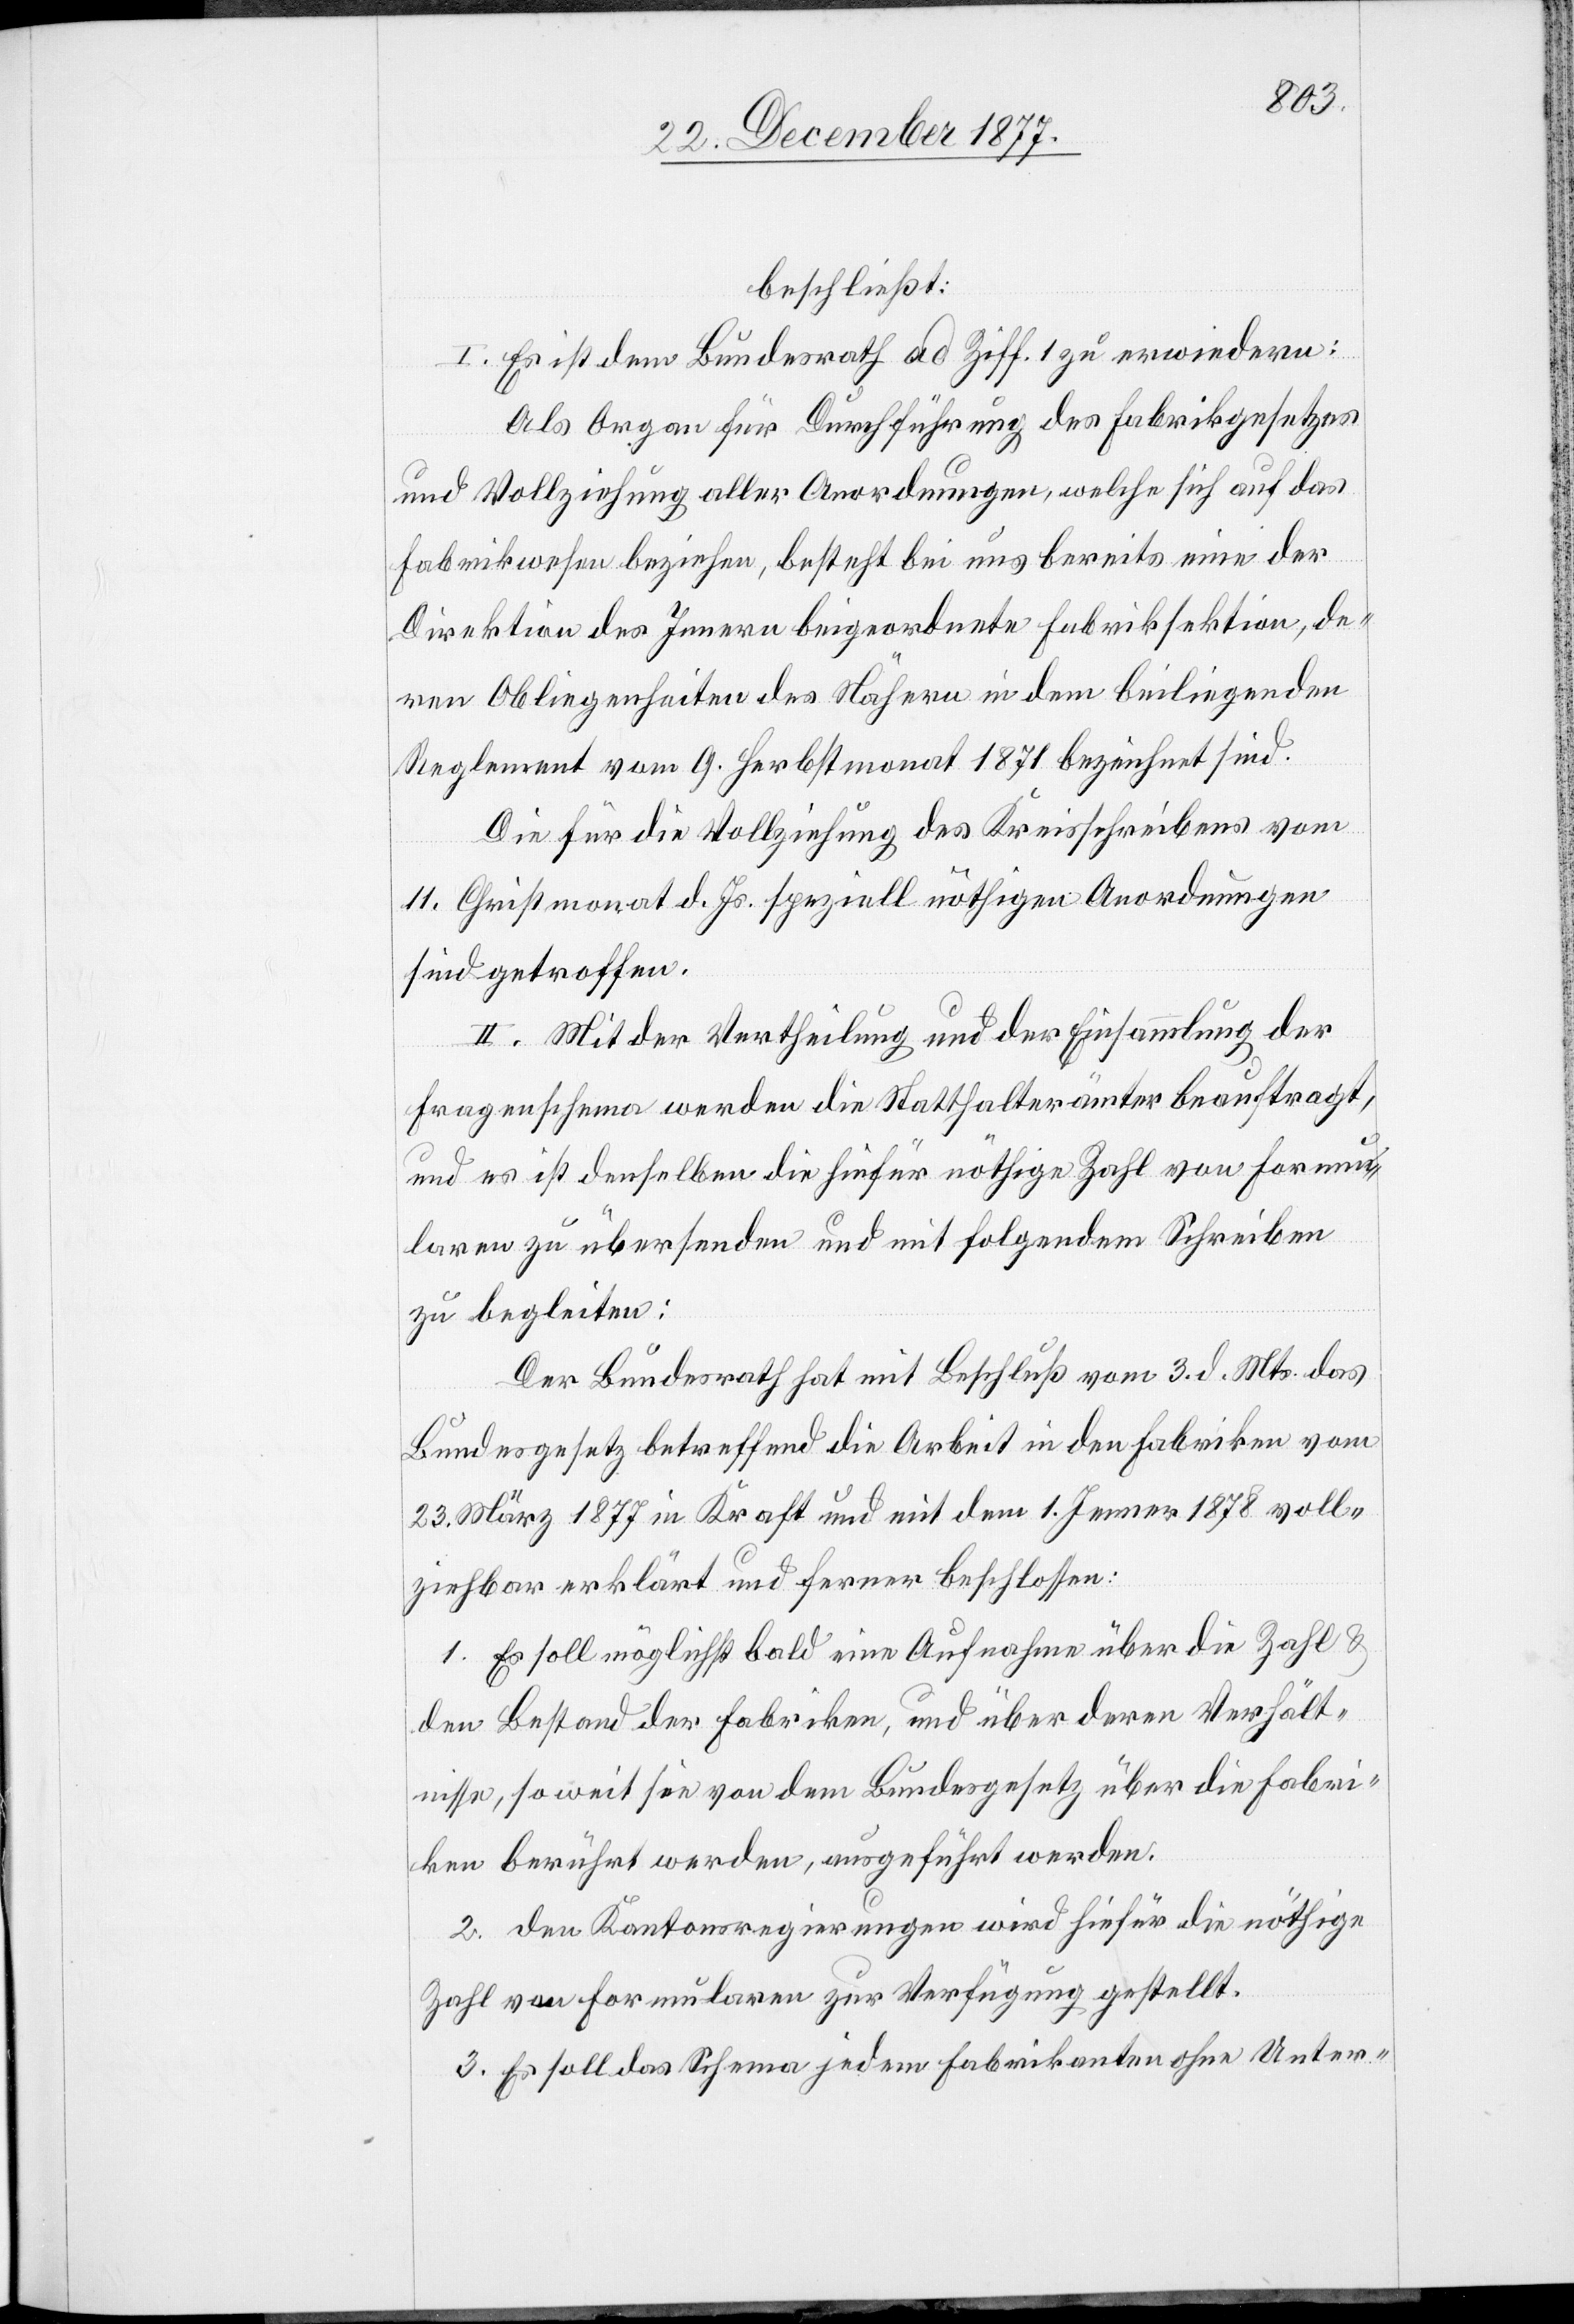
beschließt:
I. Es ist dem Bundesrath ad Ziff. 1 zu erwiedern:
Als Organ für Durchführung des Fabrikgesetzes
und Vollziehung aller Anordnungen, welche sich auf das
Fabrikwesen beziehen, besteht bei uns bereits eine der
Direktion des Innern beigeordnete Fabriksektion, de¬
ren Obliegenheiten des Nähern in dem beiliegenden
Reglement vom 9. Herbstmonat 1871 bezeichnet sind.
Die für die Vollziehung des Kreisschreibens vom
11. Christmonat d. Js. speziell nöthigen Anordnungen
sind getroffen.
II. Mit der Vertheilung und der Einsammlung der
Fragenschema werden die Statthalterämter beauftragt,
und es ist denselben die hiefür nöthige Zahl von Formu¬
laren zu übersenden und mit folgendem Schreiben
zu begleiten:
Der Bundesrath hat mit Beschluß vom 3. d. Mts. das
Bundesgesetz betreffend die Arbeit in den Fabriken vom
23. März 1877 in Kraft und mit dem 1. Jenner 1878 voll¬
ziehbar erklärt und ferner beschlossen:
1. Es soll möglichst bald eine Aufnahme über die Zahl &
den Bestand der Fabriken, und über deren Verhält¬
nisse, so weit sie von dem Bundesgesetz über die Fabri¬
ken berührt werden, ausgeführt werden.
2. den Kantonsregierungen wird hiefür die nöthige
Zahl von Formularen zur Verfügung gestellt.
3. Es soll das Schema jedem Fabrikanten ohne Unter-